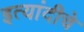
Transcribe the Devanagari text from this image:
इत्यांदीचे